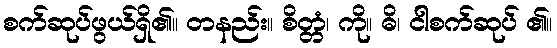
စက်ဆုပ်ဖွယ်ရှိ၏။ တနည်း။ စိတ္တံ၊ ကို။ ဓိ၊ ငါစက်ဆုပ် ၏။